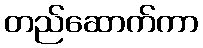
တည်ဆောက်ကာ